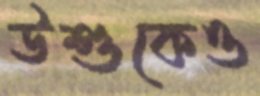
উশুকেও